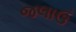
જલાઉ